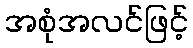
အစုံအလင်ဖြင့်